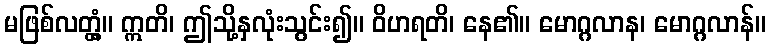
မဖြစ်လတ္တံ့။ ဣတိ၊ ဤသို့နှလုံးသွင်း၍။ ဝိဟရတိ၊ နေ၏။ မောဂ္ဂလာန၊ မောဂ္ဂလာန်။